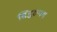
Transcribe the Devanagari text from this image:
सिद्धरुपम